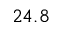
2 4 . 8